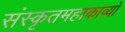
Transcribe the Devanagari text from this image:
संस्कृतमहाकाव्यों